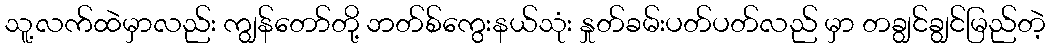
သူ့လက်ထဲမှာလည်း ကျွန်တော်တို့ ဘတ်စ်ကွေးနယ်သုံး နှုတ်ခမ်းပတ်ပတ်လည် မှာ တချွင်ချွင်မြည်တဲ့